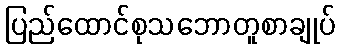
ပြည်ထောင်စုသဘောတူစာချုပ်